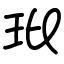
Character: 玭